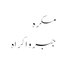
مکرہ
جبر و اکراہ